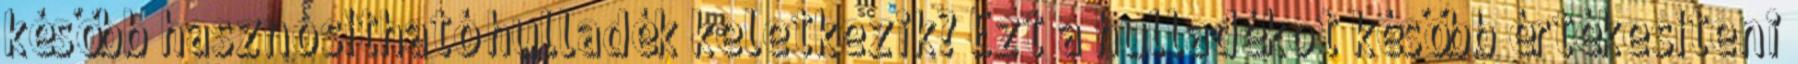
később hasznosítható hulladék keletkezik? Ezt a hulladékot később értékesíteni